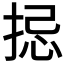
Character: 𢭄